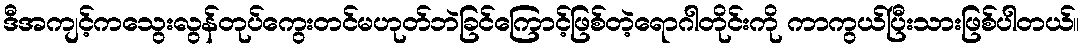
ဒီအကျင့်ကသွေးလွန်တုပ်ကွေးတင်မဟုတ်ဘဲခြင်ကြောင့်ဖြစ်တဲ့ရောဂါတိုင်းကို ကာကွယ်ပြီးသားဖြစ်ပါတယ်။